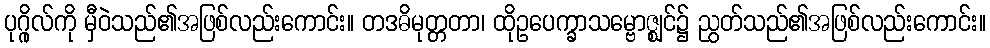
ပုဂ္ဂိုလ်ကို မှီဝဲသည်၏အဖြစ်လည်းကောင်း။ တဒဓိမုတ္တတာ၊ ထိုဥပေက္ခာသမ္ဗောဇ္ဈင်၌ ညွတ်သည်၏အဖြစ်လည်းကောင်း။